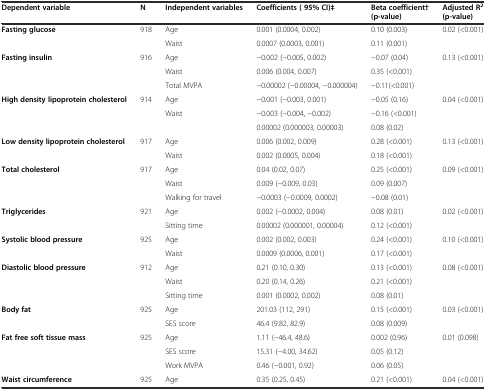
<table><thead><tr><td><b>Dependent variable</b></td><td><b>N</b></td><td><b>Independent variables</b></td><td><b>Coefficients ( 95% CI)‡</b></td><td><b>Beta coefficient† (p-value)</b></td><td><b>Adjusted R<sup>2</sup>(p-value)</b></td></tr></thead><tbody><tr><td rowspan="2"><b>Fasting glucose</b></td><td rowspan="2">918</td><td>Age</td><td>0.001 (0.0004, 0.002)</td><td>0.10 (0.003)</td><td rowspan="2">0.02 (&lt;0.001)</td></tr><tr><td>Waist</td><td>0.0007 (0.0003, 0.001)</td><td>0.11 (0.001)</td></tr><tr><td rowspan="3"><b>Fasting insulin</b></td><td rowspan="3">916</td><td>Age</td><td>−0.002 (−0.005, 0.002)</td><td>−0.07 (0.04)</td><td rowspan="3">0.13 (&lt;0.001)</td></tr><tr><td>Waist</td><td>0.006 (0.004, 0.007)</td><td>0.35 (&lt;0.001)</td></tr><tr><td>Total MVPA</td><td>−0.00002 (−0.00004, −0.000004)</td><td>−0.11(&lt;0.001)</td></tr><tr><td rowspan="3"><b>High density lipoprotein cholesterol</b></td><td rowspan="3">914</td><td>Age</td><td>−0.001 (−0.003, 0.001)</td><td>−0.05 (0.16)</td><td rowspan="3">0.04 (&lt;0.001)</td></tr><tr><td>Waist</td><td>−0.003 (−0.004, −0.002)</td><td>−0.16 (&lt;0.001)</td></tr><tr><td></td><td>0.00002 (0.000003, 0.00003)</td><td>0.08 (0.02)</td></tr><tr><td rowspan="2"><b>Low density lipoprotein cholesterol</b></td><td rowspan="2">917</td><td>Age</td><td>0.006 (0.002, 0.009)</td><td>0.28 (&lt;0.001)</td><td rowspan="2">0.13 (&lt;0.001)</td></tr><tr><td>Waist</td><td>0.002 (0.0005, 0.004)</td><td>0.18 (&lt;0.001)</td></tr><tr><td rowspan="3"><b>Total cholesterol</b></td><td rowspan="3">917</td><td>Age</td><td>0.04 (0.02, 0.07)</td><td>0.25 (&lt;0.001)</td><td rowspan="3">0.09 (&lt;0.001)</td></tr><tr><td>Waist</td><td>0.009 (−0.009, 0.03)</td><td>0.09 (0.007)</td></tr><tr><td>Walking for travel</td><td>−0.0003 (−0.0009, 0.0002)</td><td>−0.08 (0.01)</td></tr><tr><td rowspan="2"><b>Triglycerides</b></td><td rowspan="2">921</td><td>Age</td><td>0.002 (−0.0002, 0.004)</td><td>0.08 (0.01)</td><td rowspan="2">0.02 (&lt;0.001)</td></tr><tr><td>Sitting time</td><td>0.00002 (0.000001, 0.00004)</td><td>0.12 (&lt;0.001)</td></tr><tr><td rowspan="2"><b>Systolic blood pressure</b></td><td rowspan="2">925</td><td>Age</td><td>0.002 (0.002, 0.003)</td><td>0.24 (&lt;0.001)</td><td rowspan="2">0.10 (&lt;0.001)</td></tr><tr><td>Waist</td><td>0.0009 (0.0006, 0.001)</td><td>0.17 (&lt;0.001)</td></tr><tr><td rowspan="3"><b>Diastolic blood pressure</b></td><td rowspan="3">912</td><td>Age</td><td>0.21 (0.10, 0.30)</td><td>0.13 (&lt;0.001)</td><td rowspan="3">0.08 (&lt;0.001)</td></tr><tr><td>Waist</td><td>0.20 (0.14, 0.26)</td><td>0.21 (&lt;0.001)</td></tr><tr><td>Sitting time</td><td>0.001 (0.0002, 0.002)</td><td>0.08 (0.01)</td></tr><tr><td rowspan="2"><b>Body fat</b></td><td rowspan="2">925</td><td>Age</td><td>201.03 (112, 291)</td><td>0.15 (&lt;0.001)</td><td rowspan="2">0.03 (&lt;0.001)</td></tr><tr><td>SES score</td><td>46.4 (9.82, 82.9)</td><td>0.08 (0.009)</td></tr><tr><td rowspan="3"><b>Fat free soft tissue mass</b></td><td rowspan="3">925</td><td>Age</td><td>1.11 (−46.4, 48.6)</td><td>0.002 (0.96)</td><td rowspan="3">0.01 (0.098)</td></tr><tr><td>SES score</td><td>15.31 (−4.00, 34.62)</td><td>0.05 (0.12)</td></tr><tr><td>Work MVPA</td><td>0.46 (−0.001, 0.92)</td><td>0.06 (0.05)</td></tr><tr><td><b>Waist circumference</b></td><td>925</td><td>Age</td><td>0.35 (0.25, 0.45)</td><td>0.21 (&lt;0.001)</td><td>0.04 (&lt;0.001)</td></tr></tbody></table>